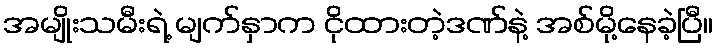
အမျိုးသမီးရဲ့ မျက်နှာက ငိုထားတဲ့ဒဏ်နဲ့ အစ်မို့နေခဲ့ပြီ။